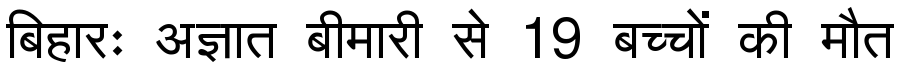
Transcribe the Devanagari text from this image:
बिहारः अज्ञात बीमारी से 19 बच्चों की मौत